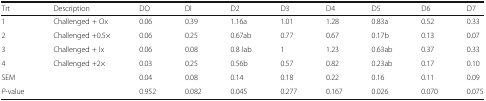
| Trt | Description | DO | DI | D2 | D3 | D4 | D5 | D6 | D7 |
 | --- | --- | --- | --- | --- | --- | --- | --- | --- | --- |
 | 1 | Challenged + Ox | 0.06 | 0.39 | 1.16a | 1.01 | 1.28 | 0.83a | 0.52 | 0.33 |
 | 2 | Challenged +0.5× | 0.06 | 0.25 | 0.67ab | 0.77 | 0.67 | 0.17b | 0.13 | 0.07 |
 | 3 | Challenged + lx | 0.06 | 0.08 | 0.8 lab | 1 | 1.23 | 0.63ab | 0.37 | 0.33 |
 | 4 | Challenged +2× | 0.03 | 0.25 | 0.56b | 0.57 | 0.82 | 0.23ab | 0.17 | 0.10 |
 | SEM |  | 0.04 | 0.08 | 0.14 | 0.18 | 0.22 | 0.16 | 0.11 | 0.09 |
 | P-value |  | 0.952 | 0.082 | 0.045 | 0.277 | 0.167 | 0.026 | 0.070 | 0.075 |